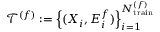
\mathcal { T } ^ { \left( f \right) } : = \left\{ ( \boldsymbol { X } _ { i } , E _ { i } ^ { f } ) \right\} _ { i = 1 } ^ { N _ { \mathrm { t r a i n } } ^ { ( f ) } }